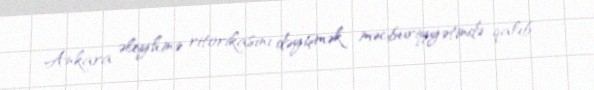
Ankara əleyhinə ritorikasını dəyişmək məcburiyyətində qalıb.